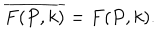
\overline { { { F ( P , k ) } } } = F ( P , k ) .